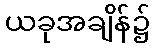
ယခုအချိန်၌